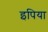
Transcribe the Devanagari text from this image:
इपिया